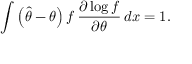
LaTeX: \int \left( { \hat { \theta } } - \theta \right) f \, { \frac { \partial \log f } { \partial \theta } } \, d x = 1 .